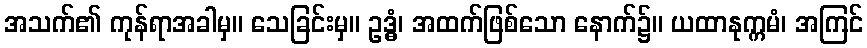
အသက်၏ ကုန်ရာအခါမှ။ သေခြင်းမှ။ ဥဒ္ဓံ၊ အထက်ဖြစ်သော နောက်၌။ ယထာနုက္ကမံ၊ အကြင်